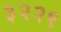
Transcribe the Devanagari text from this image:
३२२९